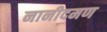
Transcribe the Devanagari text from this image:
नानीदमण